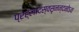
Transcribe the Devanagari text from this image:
प्रह्लादस्वसृनन्दनोऽथ